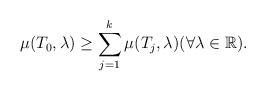
LaTeX: \begin{align*} \mu(T_0, \lambda) \ge \sum_{j=1}^{k} \mu(T_j, \lambda) (\forall \lambda \in \mathbb{R}) .\end{align*}